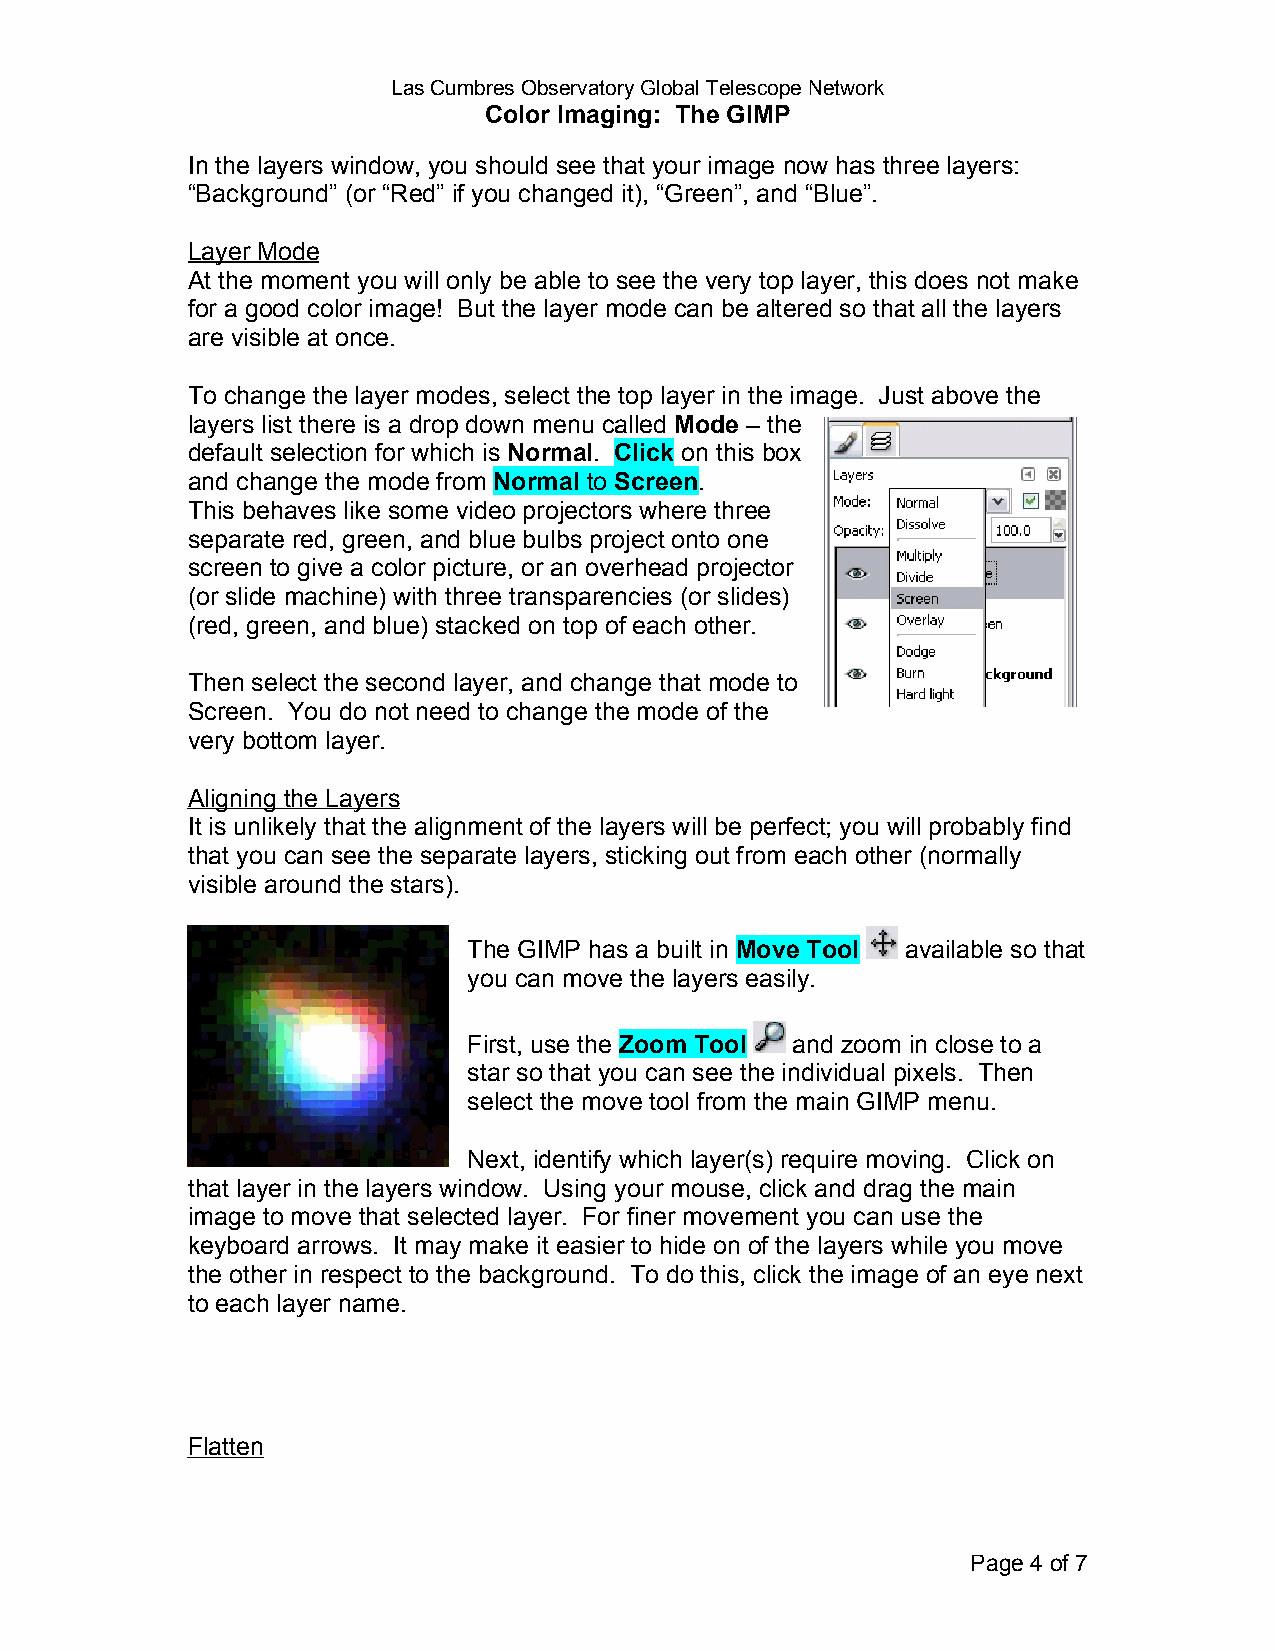
Las Cumbres Observatory Global Telescope Network
 Color Imaging: The GIMP
 In the layers window, you should see that your image now has three layers:
 “Background” (or “Red” if you changed it), “Green”, and “Blue”.
 Layer Mode
 At the moment you will only be able to see the very top layer, this does not make
 for a good color image! But the layer mode can be altered so that all the layers
 are visible at once.
 To change the layer modes, select the top layer in the image. Just above the
 layers list there is a drop down menu called Mode – the
 default selection for which is Normal. Click on this box
 and change the mode from Normal to Screen.
 This behaves like some video projectors where three
 separate red, green, and blue bulbs project onto one
 screen to give a color picture, or an overhead projector
 (or slide machine) with three transparencies (or slides)
 (red, green, and blue) stacked on top of each other.
 Then select the second layer, and change that mode to
 Screen. You do not need to change the mode of the
 very bottom layer.
 Aligning the Layers
 It is unlikely that the alignment of the layers will be perfect; you will probably find
 that you can see the separate layers, sticking out from each other (normally
 visible around the stars).
 The GIMP has a built in Move Tool available so that
 you can move the layers easily.
 First, use the Zoom Tool and zoom in close to a
 star so that you can see the individual pixels. Then
 select the move tool from the main GIMP menu.
 Next, identify which layer(s) require moving. Click on
 that layer in the layers window. Using your mouse, click and drag the main
 image to move that selected layer. For finer movement you can use the
 keyboard arrows. It may make it easier to hide on of the layers while you move
 the other in respect to the background. To do this, click the image of an eye next
 to each layer name.
 Flatten
 Page 4 of 7